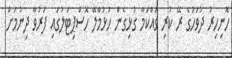
ހޮނިހިރު ދުވަހުގެ ރޭ ކުރި ވައްކަމާ ގުޅިގެން ހުޅުމާލޭ ހޮސްޕިޓަލުގައި ފަރުވާ ދިނުމަށް